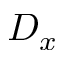
D _ { x }